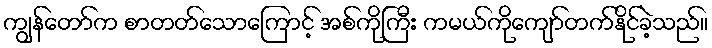
ကျွန်တော်က စာတတ်သောကြောင့် အစ်ကိုကြီး ကမယ်ကိုကျော်တက်နိုင်ခဲ့သည်။